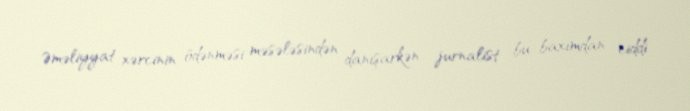
Əməliyyat xərcinin ödənməsi məsələsindən danışarkən jurnalist bu baxımdan ciddi